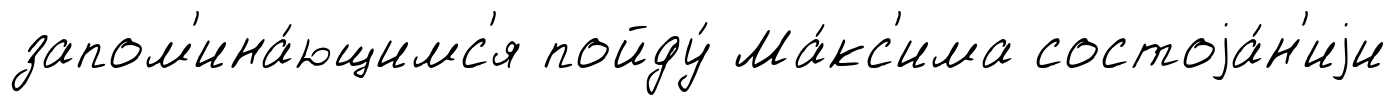
запом'ина́ющимс'я пойду́ Ма́кс'има состоjа́н'иjи